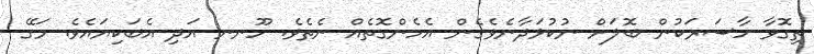
ތިގޮވާ ހާސަރަކުން ބޮލަށް ނުކުޅަދާނެވެގެން އެހެންގޮތެއް ނެތެވެ. ހޫނނ އަދި އެބަކިޔައެވެ. މަގޭ